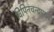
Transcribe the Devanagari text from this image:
विपिनचन्द्रपाल